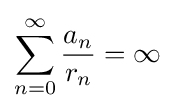
\sum _{n=0}^{\infty }{\frac {a_{n}}{r_{n}}}=\infty